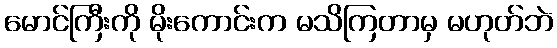
မောင်ကြီးကို မိုးကောင်းက မသိကြတာမှ မဟုတ်ဘဲ